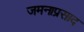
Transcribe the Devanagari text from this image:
जमनाप्रसाद